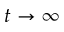
t \to \infty